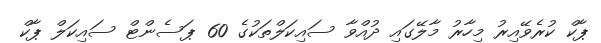
ޕާކް ކުރެވޭއިރު މިހާރު މާލޭގައި ދުއްވާ ސައިކަލްތަކުގެ 60 ޕަސެންޓް ސައިކަލް ޕާކް